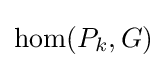
\operatorname {hom} (P_{k},G)